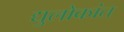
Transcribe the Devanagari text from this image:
द्युलोकांत